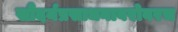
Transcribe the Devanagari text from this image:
सौंदर्यप्रसाधनाबरोबरच